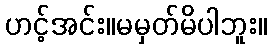
ဟင့်အင်း။မမှတ်မိပါဘူး။